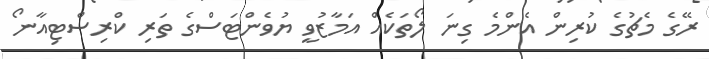
ރޭގެ މެޗުގެ ކުރިން އެންމެ ގިނަ ލޯތަކެއް އަމާޒުވީ ޔުވެންޓަސްގެ ތަރި ކްރިސްޓިއާނޯ